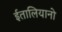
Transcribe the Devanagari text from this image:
ईतालियानो